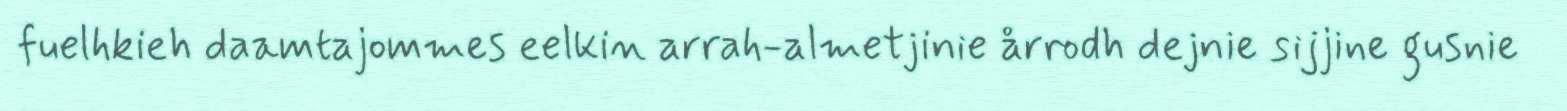
fuelhkieh daamtajommes eelkin arrah-almetjinie årrodh dejnie sijjine gusnie